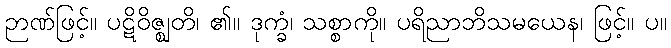
ဉာဏ်ဖြင့်။ ပဋိဝိဇ္ဈတိ၊ ၏။ ဒုက္ခံ၊ သစ္စာကို။ ပရိညာဘိသမယေန၊ ဖြင့်။ ပ။